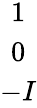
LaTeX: \begin{array}{c}{{1}}\\ {{0}}\\ {{-I}}\end{array}